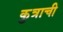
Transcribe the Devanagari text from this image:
कुत्राची